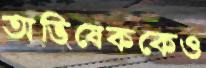
অভিষেককেও